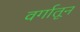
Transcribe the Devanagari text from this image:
वर्गातून